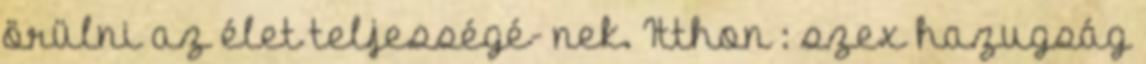
örülni az élet teljességé- nek. Itthon : szex hazugság